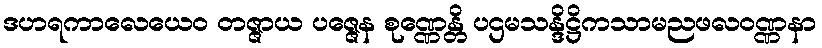
ဒဟရကာလေယေဝ တဇ္ဇာယ ပဇ္ဇေန စုဏ္ဏေန္တိ ပဌမသန္ဒိဋ္ဌိကသာမညဖလဝဏ္ဏနာ